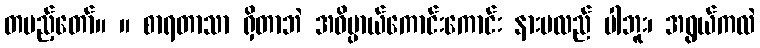
တပည့်တော်။ ။ စာရတာသာ ရှိတာဘဲ အဓိပ္ပာယ်ကောင်းကောင်း နားမလည် ပါဘူး၊ အရွယ်ကလဲ